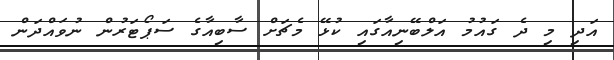
އަދި މި ދެ ގައުމު އަލްބޭނިއާގައި ކުޅޭ މެޗަށް ސާބިއާގެ ސަޕޯޓަރުން ނުވައްދަން